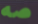
صه